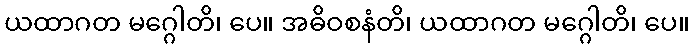
ယထာဂတ မဂ္ဂေါတိ၊ ပေ။ အဓိဝစနံတိ၊ ယထာဂတ မဂ္ဂေါတိ၊ ပေ။